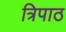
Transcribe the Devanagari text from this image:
त्रिपाठ